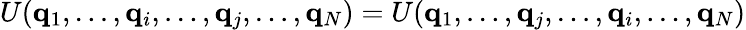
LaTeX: U(\mathbf{q}_{1},\dots,\mathbf{q}_{i},\dots,\mathbf{q}_{j},\dots,\mathbf{q}_{N})=U(\mathbf{q}_{1},\dots,\mathbf{q}_{j},\dots,\mathbf{q}_{i},\dots,\mathbf{q}_{N})